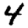
Digit: 4